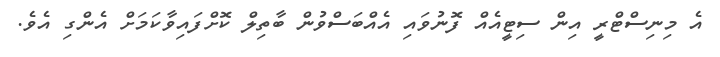
އެ މިނިސްޓްރީ އިން ސިޓީއެއް ފޮނުވައި އެއްބަސްވުން ބާތިލް ކޮށްފައިވާކަމަށް އެންގި އެވެ.